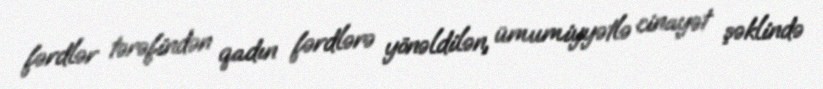
fərdlər tərəfindən qadın fərdlərə yönəldilən, ümumiyyətlə cinayət şəklində